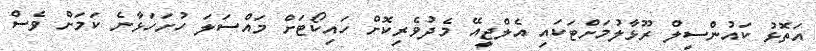
އަތޮޅު ކައުންސިލް ރޫޅާލުމަށްޓަކައި އެލްޖީއޭ މެދުވެރިކޮށް ހައިކޯޓަށް މައްސަލަ ހުށަހަޅާނެ ކަމަށް ވެސް